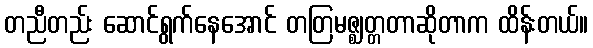
တညီတည်း ဆောင်ရွက်နေအောင် တတြမဇ္ဈတ္တတာဆိုတာက ထိန်းတယ်။